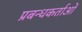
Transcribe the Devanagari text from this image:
प्रबन्धकर्ताओं